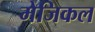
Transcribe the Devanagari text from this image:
मेजिकल